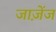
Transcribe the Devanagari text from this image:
जाज़ेंज